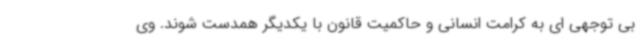
بی توجهی ای به کرامت انسانی و حاکمیت قانون با یکدیگر همدست شوند. وی